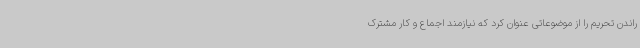
راندن تحریم را از موضوعاتی عنوان کرد که نیازمند اجماع و کار مشترک